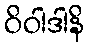
ဝိဝါဒါနိ